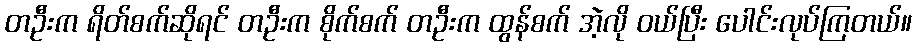
တဦးက ရိတ်စက်ဆိုရင် တဦးက စိုက်စက် တဦးက ထွန်စက် အဲ့လို ဝယ်ပြီး ပေါင်းလုပ်ကြတယ်။